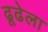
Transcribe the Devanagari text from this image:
ढूढेला